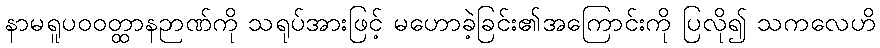
နာမရူပဝဝတ္ထာနဉာဏ်ကို သရုပ်အားဖြင့် မဟောခဲ့ခြင်း၏အကြောင်းကို ပြလို၍ သကလေဟိ